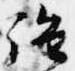
強